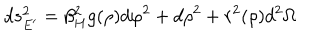
d s _ { E ^ { \prime } } ^ { 2 } = \beta _ { H } ^ { 2 } g ( \rho ) d \varphi ^ { 2 } + d \rho ^ { 2 } + r ^ { 2 } ( \rho ) d ^ { 2 } \Omega